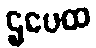
ဌပေထ